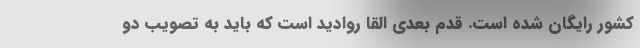
کشور رایگان شده است. قدم بعدی القا روادید است که باید به تصویب دو